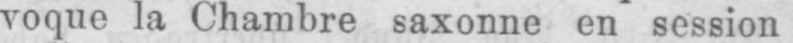
voque la Chambre saxonne en session